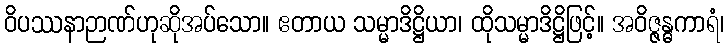
ဝိပဿနာဉာဏ်ဟုဆိုအပ်သော။ ဧတာယ သမ္မာဒိဋ္ဌိယာ၊ ထိုသမ္မာဒိဋ္ဌိဖြင့်။ အဝိဇ္ဇန္ဓကာရံ၊